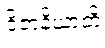
ဝိဇာနိယာတိ